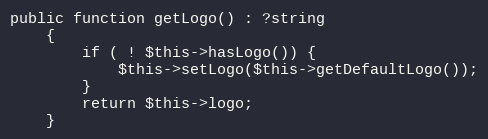
Language: PHP
public function getLogo() : ?string
    {
        if ( ! $this->hasLogo()) {
            $this->setLogo($this->getDefaultLogo());
        }
        return $this->logo;
    }